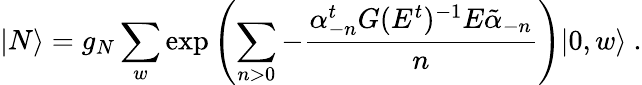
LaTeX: |N\rangle=g_{N}\sum_{w}\exp\left(\sum_{n>0}-\frac{\alpha_{-n}^{t}G(E^{t})^{-1}E\tilde{\alpha}_{-n}}{n}\right)|0,w\rangle\ .